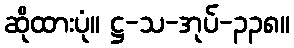
ဆိုထားပုံ။ ဋ္ဌ-သ-အုပ်-၃၃၈။